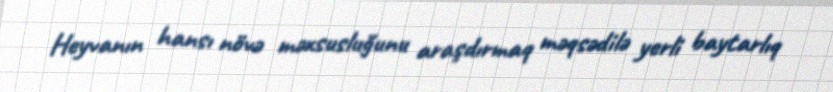
Heyvanın hansı növə məxsusluğunu araşdırmaq məqsədilə yerli baytarlıq